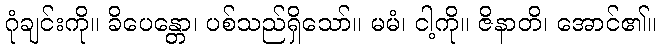
ဂုံချင်းကို။ ခိပေန္တော၊ ပစ်သည်ရှိသော်။ မမံ၊ ငါ့ကို။ ဇိနာတိ၊ အောင်၏။